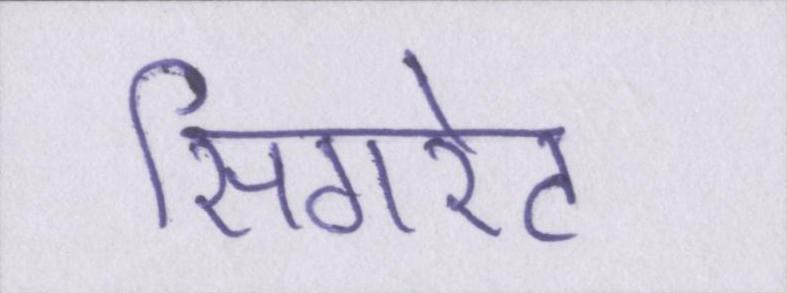
सिगरेट